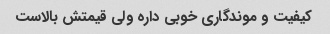
کیفیت و موندگاری خوبی داره ولی قیمتش بالاست